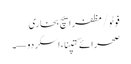
فوٹو/ مظفر ایچ بخاری
صحرائے کتپنا، اسکردو—۔